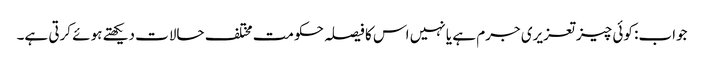
جواب: کوئی چیز تعزیری جرم ہے یا نہیں اس کا فیصلہ حکومت مختلف حالات دیکھتے ہوئے کرتی ہے۔